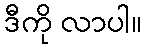
ဒီကို လာပါ။